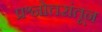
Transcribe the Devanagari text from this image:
प्रश्नोत्तरांतून